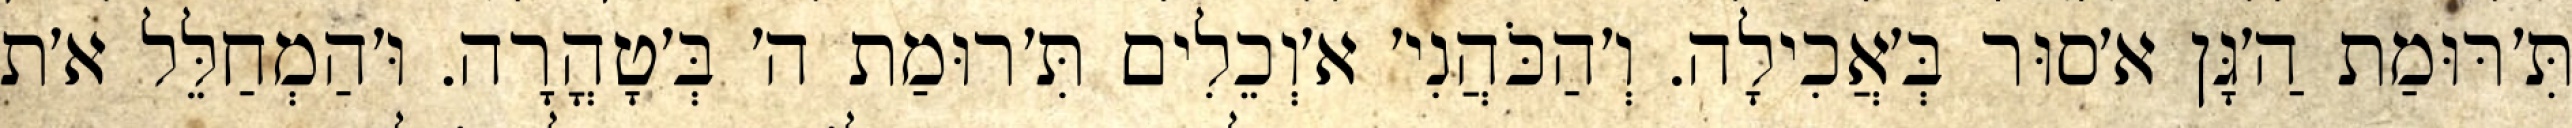
תִּ׳רּוּמַת הַ׳גָּן א׳סוּר בְּ׳אֲכִילָה. וְ׳הַכֹּהֲנִי׳ א׳וְכֵלִים תִּ׳רוּמַת ה׳ בְּ׳טָהֳרָה. וּ׳הַמְחַלֵּל א׳ת